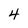
Character: 4